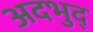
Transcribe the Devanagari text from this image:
अदभुद्